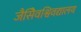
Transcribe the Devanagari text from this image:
जैसेिवश्विवद्यालय